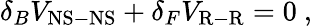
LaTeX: \delta_{B}V_{\mathrm{NS-NS}}+\delta_{F}V_{\mathrm{R-R}}=0~,